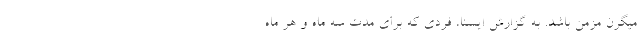
میگرن مزمن باشد. به گزارش ایسنا، فردی که برای مدت سه ماه و هر ماه